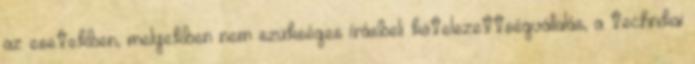
az esetekben, melyekben nem szükséges írásbeli kötelezettségvállalás, a technikai